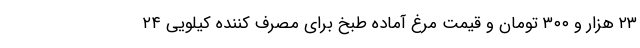
۲۳ هزار و ۳۰۰ تومان و قیمت مرغ آماده طبخ برای مصرف کننده کیلویی ۲۴